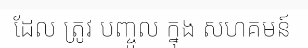
ដែល ត្រូវ បញ្ចូល ក្នុង សហគមន៍